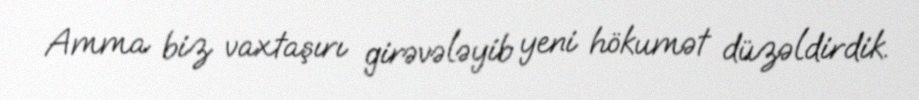
Amma biz vaxtaşırı girəvələyib yeni hökumət düzəldirdik.